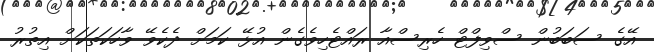
އޭގެ ސަބަބުން ސްވިފްޓް ހެރިސްއާ ރައްޓެހިވެގެން އުޅޭ ކަމަށް ދެކެވޭ ވާހަކަތަކަށް އިތުރު